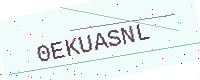
Text: 0EKUASNL